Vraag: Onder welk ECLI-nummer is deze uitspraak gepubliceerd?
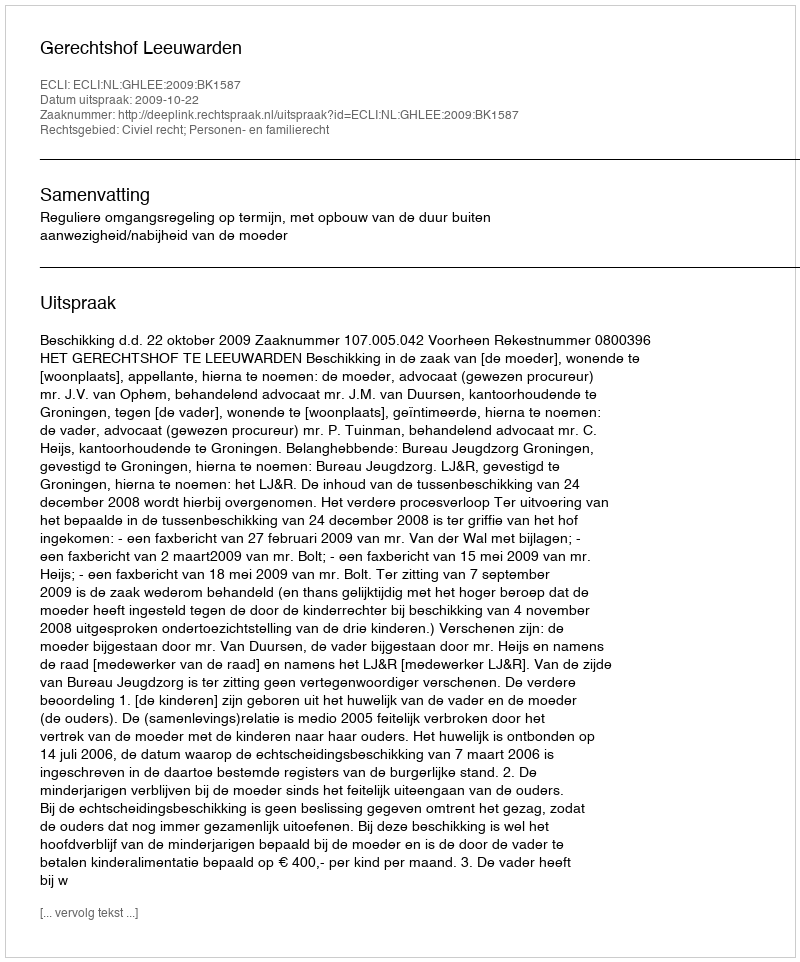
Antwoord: ECLI:NL:GHLEE:2009:BK1587